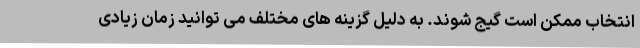
انتخاب ممکن است گیج شوند. به دلیل گزینه های مختلف می توانید زمان زیادی